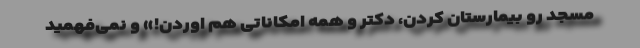
مسجد رو بیمارستان کردن، دکتر و همه امکاناتی هم اوردن!» و نمی‌فهمید